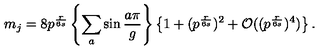
m _ { j } = 8 p ^ { \frac { r } { 6 s } } \left\{ \sum _ { a } \sin \frac { a \pi } { g } \right\} \left\{ 1 + ( p ^ { \frac { r } { 6 s } } ) ^ { 2 } + { \mathcal O } ( ( p ^ { \frac { r } { 6 s } } ) ^ { 4 } ) \right\} .